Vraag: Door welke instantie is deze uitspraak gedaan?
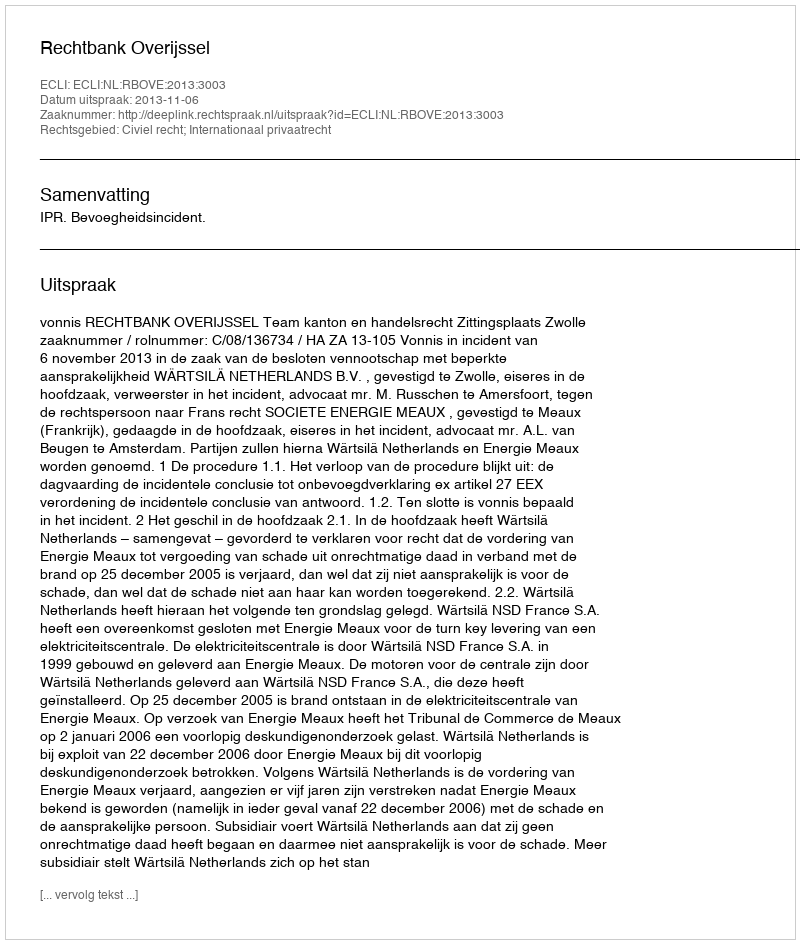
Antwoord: Rechtbank Overijssel